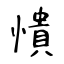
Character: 憒